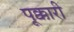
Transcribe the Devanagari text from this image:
पूक्कारी